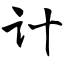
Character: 计